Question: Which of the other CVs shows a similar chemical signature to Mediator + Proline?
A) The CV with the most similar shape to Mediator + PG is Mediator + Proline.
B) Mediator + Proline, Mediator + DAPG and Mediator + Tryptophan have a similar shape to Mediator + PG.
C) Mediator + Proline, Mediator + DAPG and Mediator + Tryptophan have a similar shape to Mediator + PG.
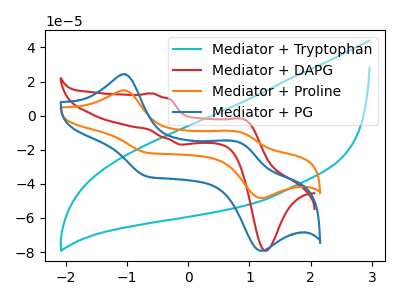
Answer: <think>The cyan curve "Mediator + Tryptophan" has no peaks. The red curve "Mediator + DAPG" has anodic peaks at (-0.60V, 13.10uA) (0.95V, -2.55uA) and cathodic peaks at (-0.15V, -16.95uA) (1.25V, -79.25uA). The orange curve "Mediator + Proline" has anodic peaks at (-1.05V, 14.80uA) (0.85V, -9.80uA) and cathodic peaks at (-0.70V, -21.70uA) (1.20V, -48.30uA). The blue curve "Mediator + PG" has anodic peaks at (-1.05V, 24.25uA) (0.85V, -16.05uA) and cathodic peaks at (-0.70V, -35.55uA) (1.20V, -79.25uA).
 "Mediator + Tryptophan" and "Mediator + DAPG" have a different number of peaks. "Mediator + Tryptophan" and "Mediator + Proline" have a different number of peaks. "Mediator + Tryptophan" and "Mediator + PG" have a different number of peaks. "Mediator + DAPG" and "Mediator + Proline" have at least one peak that do not match. "Mediator + DAPG" and "Mediator + PG" have at least one peak that do not match. All the peaks in "Mediator + Proline" have a peak in "Mediator + PG" at the same potential.</think>
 <answer>A) The CV with the most similar shape to "Mediator + PG" is "Mediator + Proline".</answer>
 <eval>A</eval>